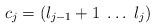
LaTeX: \begin{align*}c_j=(l_{j-1}+1\; \dots \; l_j)\end{align*}